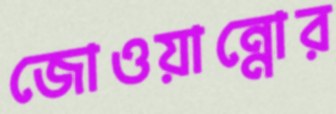
জোওয়ান্নোর